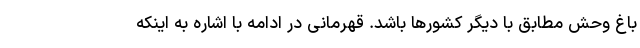
باغ وحش مطابق با دیگر کشورها باشد. قهرمانى در ادامه با اشاره به اینکه